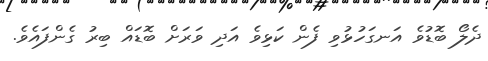
ދެލޯ ބޮޑުވެ އަނގަހުޅުވި ފެން ކަޅިވެ އަދި ވަރަށް ބޮޑައް ބިރު ގެންފައެވެ.